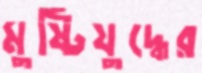
মুষ্টিযুদ্ধের